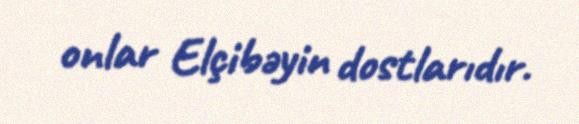
onlar Elçibəyin dostlarıdır.